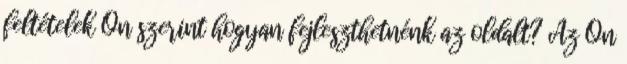
feltételek Ön szerint hogyan fejleszthetnénk az oldalt? Az Ön